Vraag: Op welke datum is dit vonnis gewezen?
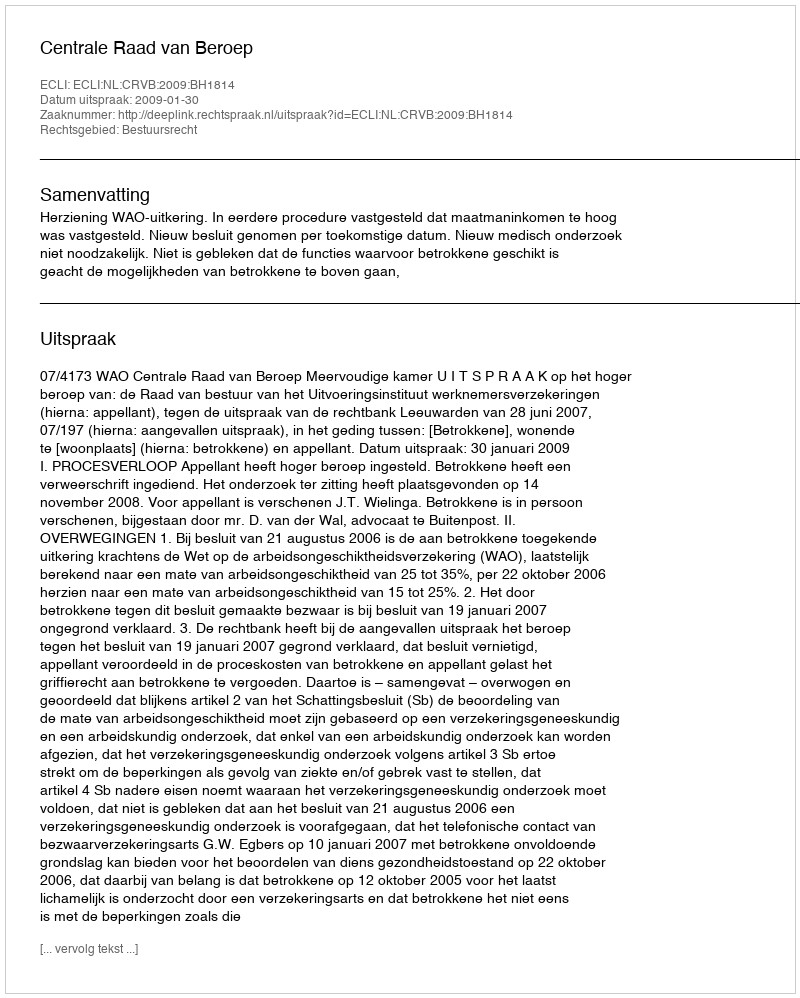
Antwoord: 2009-01-30